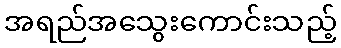
အရည်အသွေးကောင်းသည့်